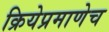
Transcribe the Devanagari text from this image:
क्रियेप्रमाणेच